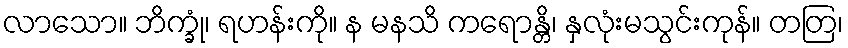
လာသော။ ဘိက္ခုံ၊ ရဟန်းကို။ န မနသိ ကရောန္တိ၊ နှလုံးမသွင်းကုန်။ တတြ၊